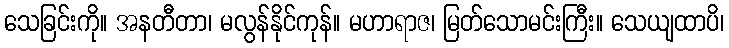
သေခြင်းကို။ အနတီတာ၊ မလွန်နိုင်ကုန်။ မဟာရာဇ၊ မြတ်သောမင်းကြီး။ သေယျထာပိ၊